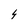
Character: 4